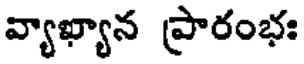
వ్యాఖ్యాన ప్రారంభః